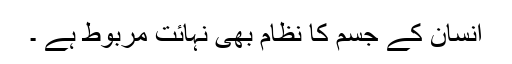
انسان کے جسم کا نظام بھی نہائت مربوط ہے ۔